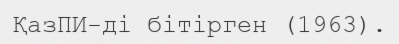
ҚазПИ-ді бітірген (1963).